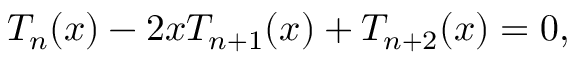
T _ { n } ( x ) - 2 x T _ { n + 1 } ( x ) + T _ { n + 2 } ( x ) = 0 ,